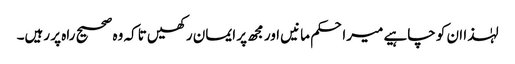
لہٰذا ان کو چاہیے میراحکم مانیں اور مجھ پر ایمان رکھیں تاکہ وہ صحیح راہ پر رہیں۔